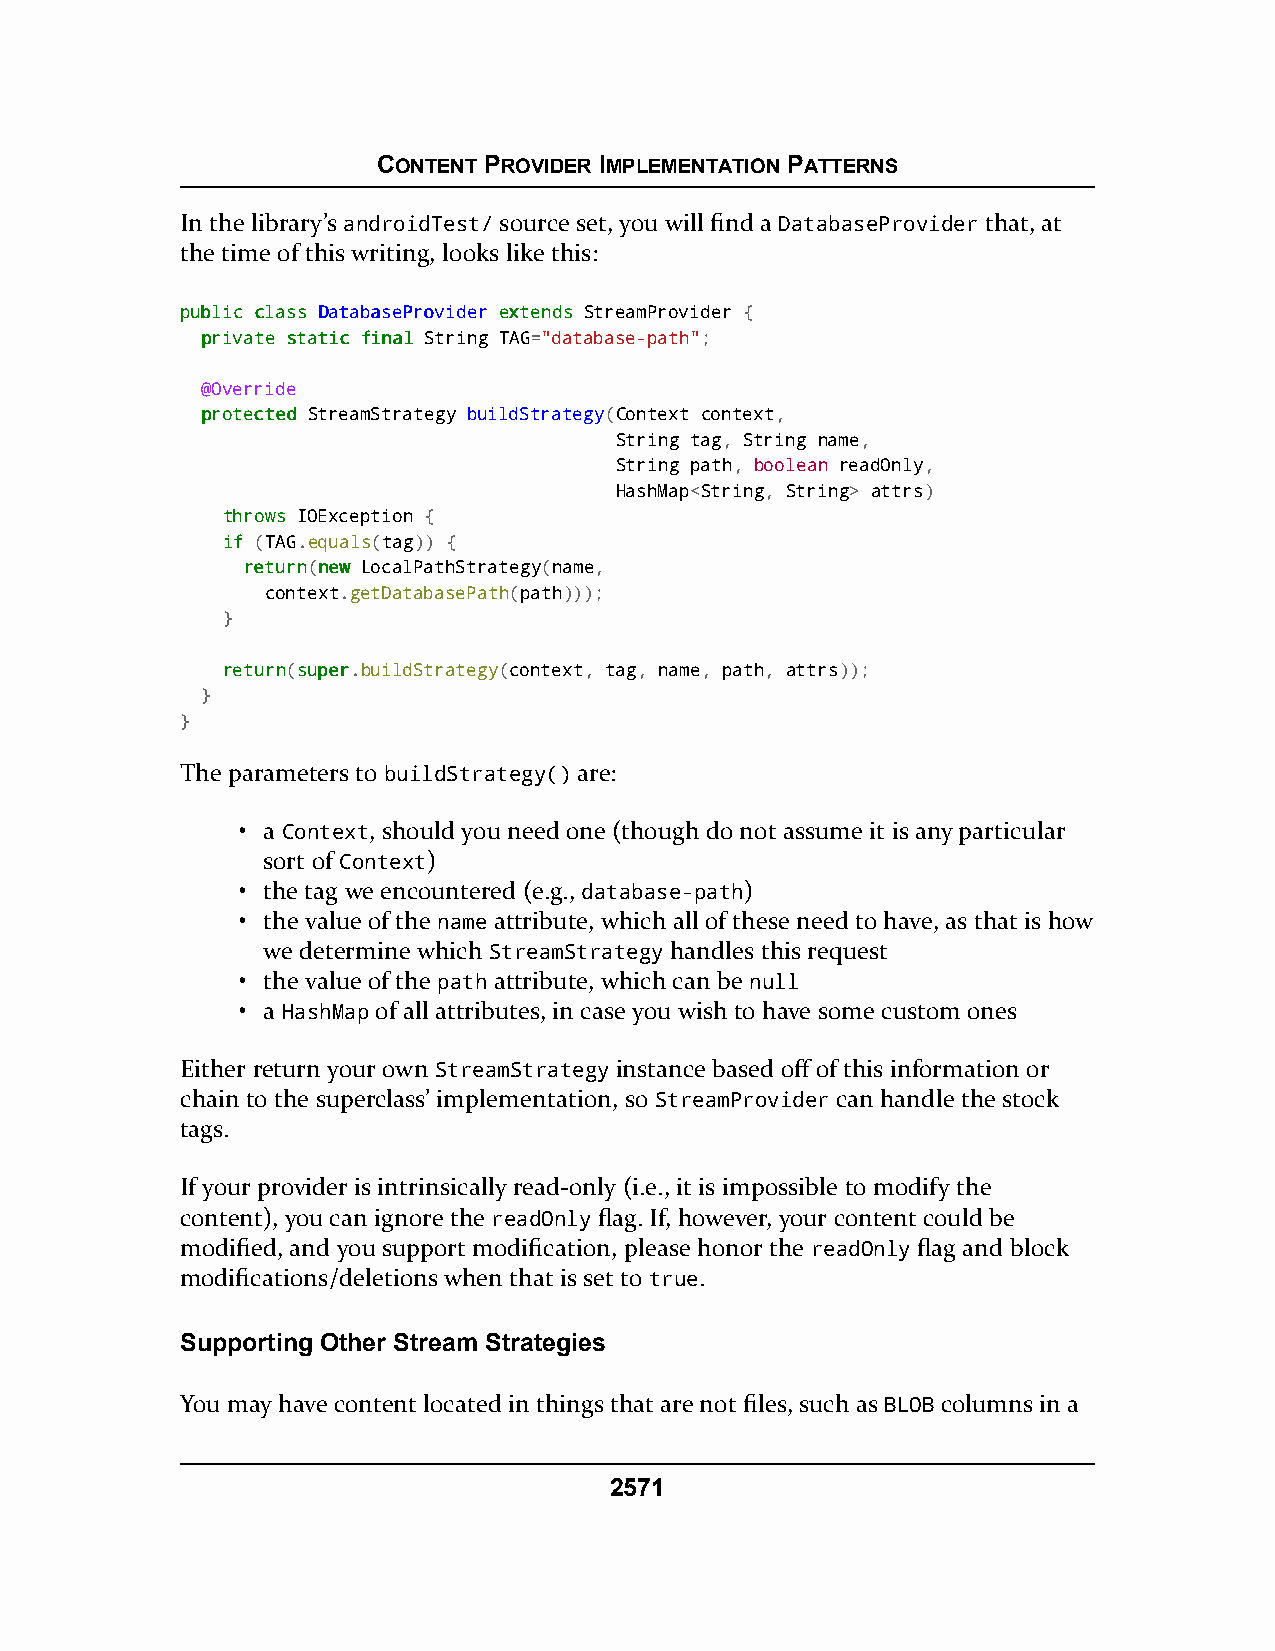
CONTENT PROVIDER IMPLEMENTATION PATTERNS
 In the library’s androidTest/ source set, you will find a DatabaseProvider that, at
 the time of this writing, looks like this:
 ppuubblliicc ccllaassss DDaattaabbaasseePPrroovviiddeerr eexxtteennddss StreamProvider {
 pprriivvaattee ssttaattiicc ffiinnaall String TAG="database-path";
 @Override
 pprrootteecctteedd StreamStrategy buildStrategy(Context context,
 String tag, String name,
 String path, boolean readOnly,
 HashMap<String, String> attrs)
 tthhrroowwss IOException {
 iiff (TAG.equals(tag)) {
 rreettuurrnn(nneeww LocalPathStrategy(name,
 context.getDatabasePath(path)));
 }
 rreettuurrnn(ssuuppeerr.buildStrategy(context, tag, name, path, attrs));
 }
 }
 The parameters to buildStrategy() are:
 • a Context, should you need one (though do not assume it is any particular
 sort of Context)
 • the tag we encountered (e.g., database-path)
 • the value of the name attribute, which all of these need to have, as that is how
 we determine which StreamStrategy handles this request
 • the value of the path attribute, which can be null
 • a HashMap of all attributes, in case you wish to have some custom ones
 Either return your own StreamStrategy instance based off of this information or
 chain to the superclass’ implementation, so StreamProvider can handle the stock
 tags.
 If your provider is intrinsically read-only (i.e., it is impossible to modify the
 content), you can ignore the readOnly flag. If, however, your content could be
 modified, and you support modification, please honor the readOnly flag and block
 modifications/deletions when that is set to true.
 Supporting Other Stream Strategies
 You may have content located in things that are not files, such as BLOB columns in a
 2571